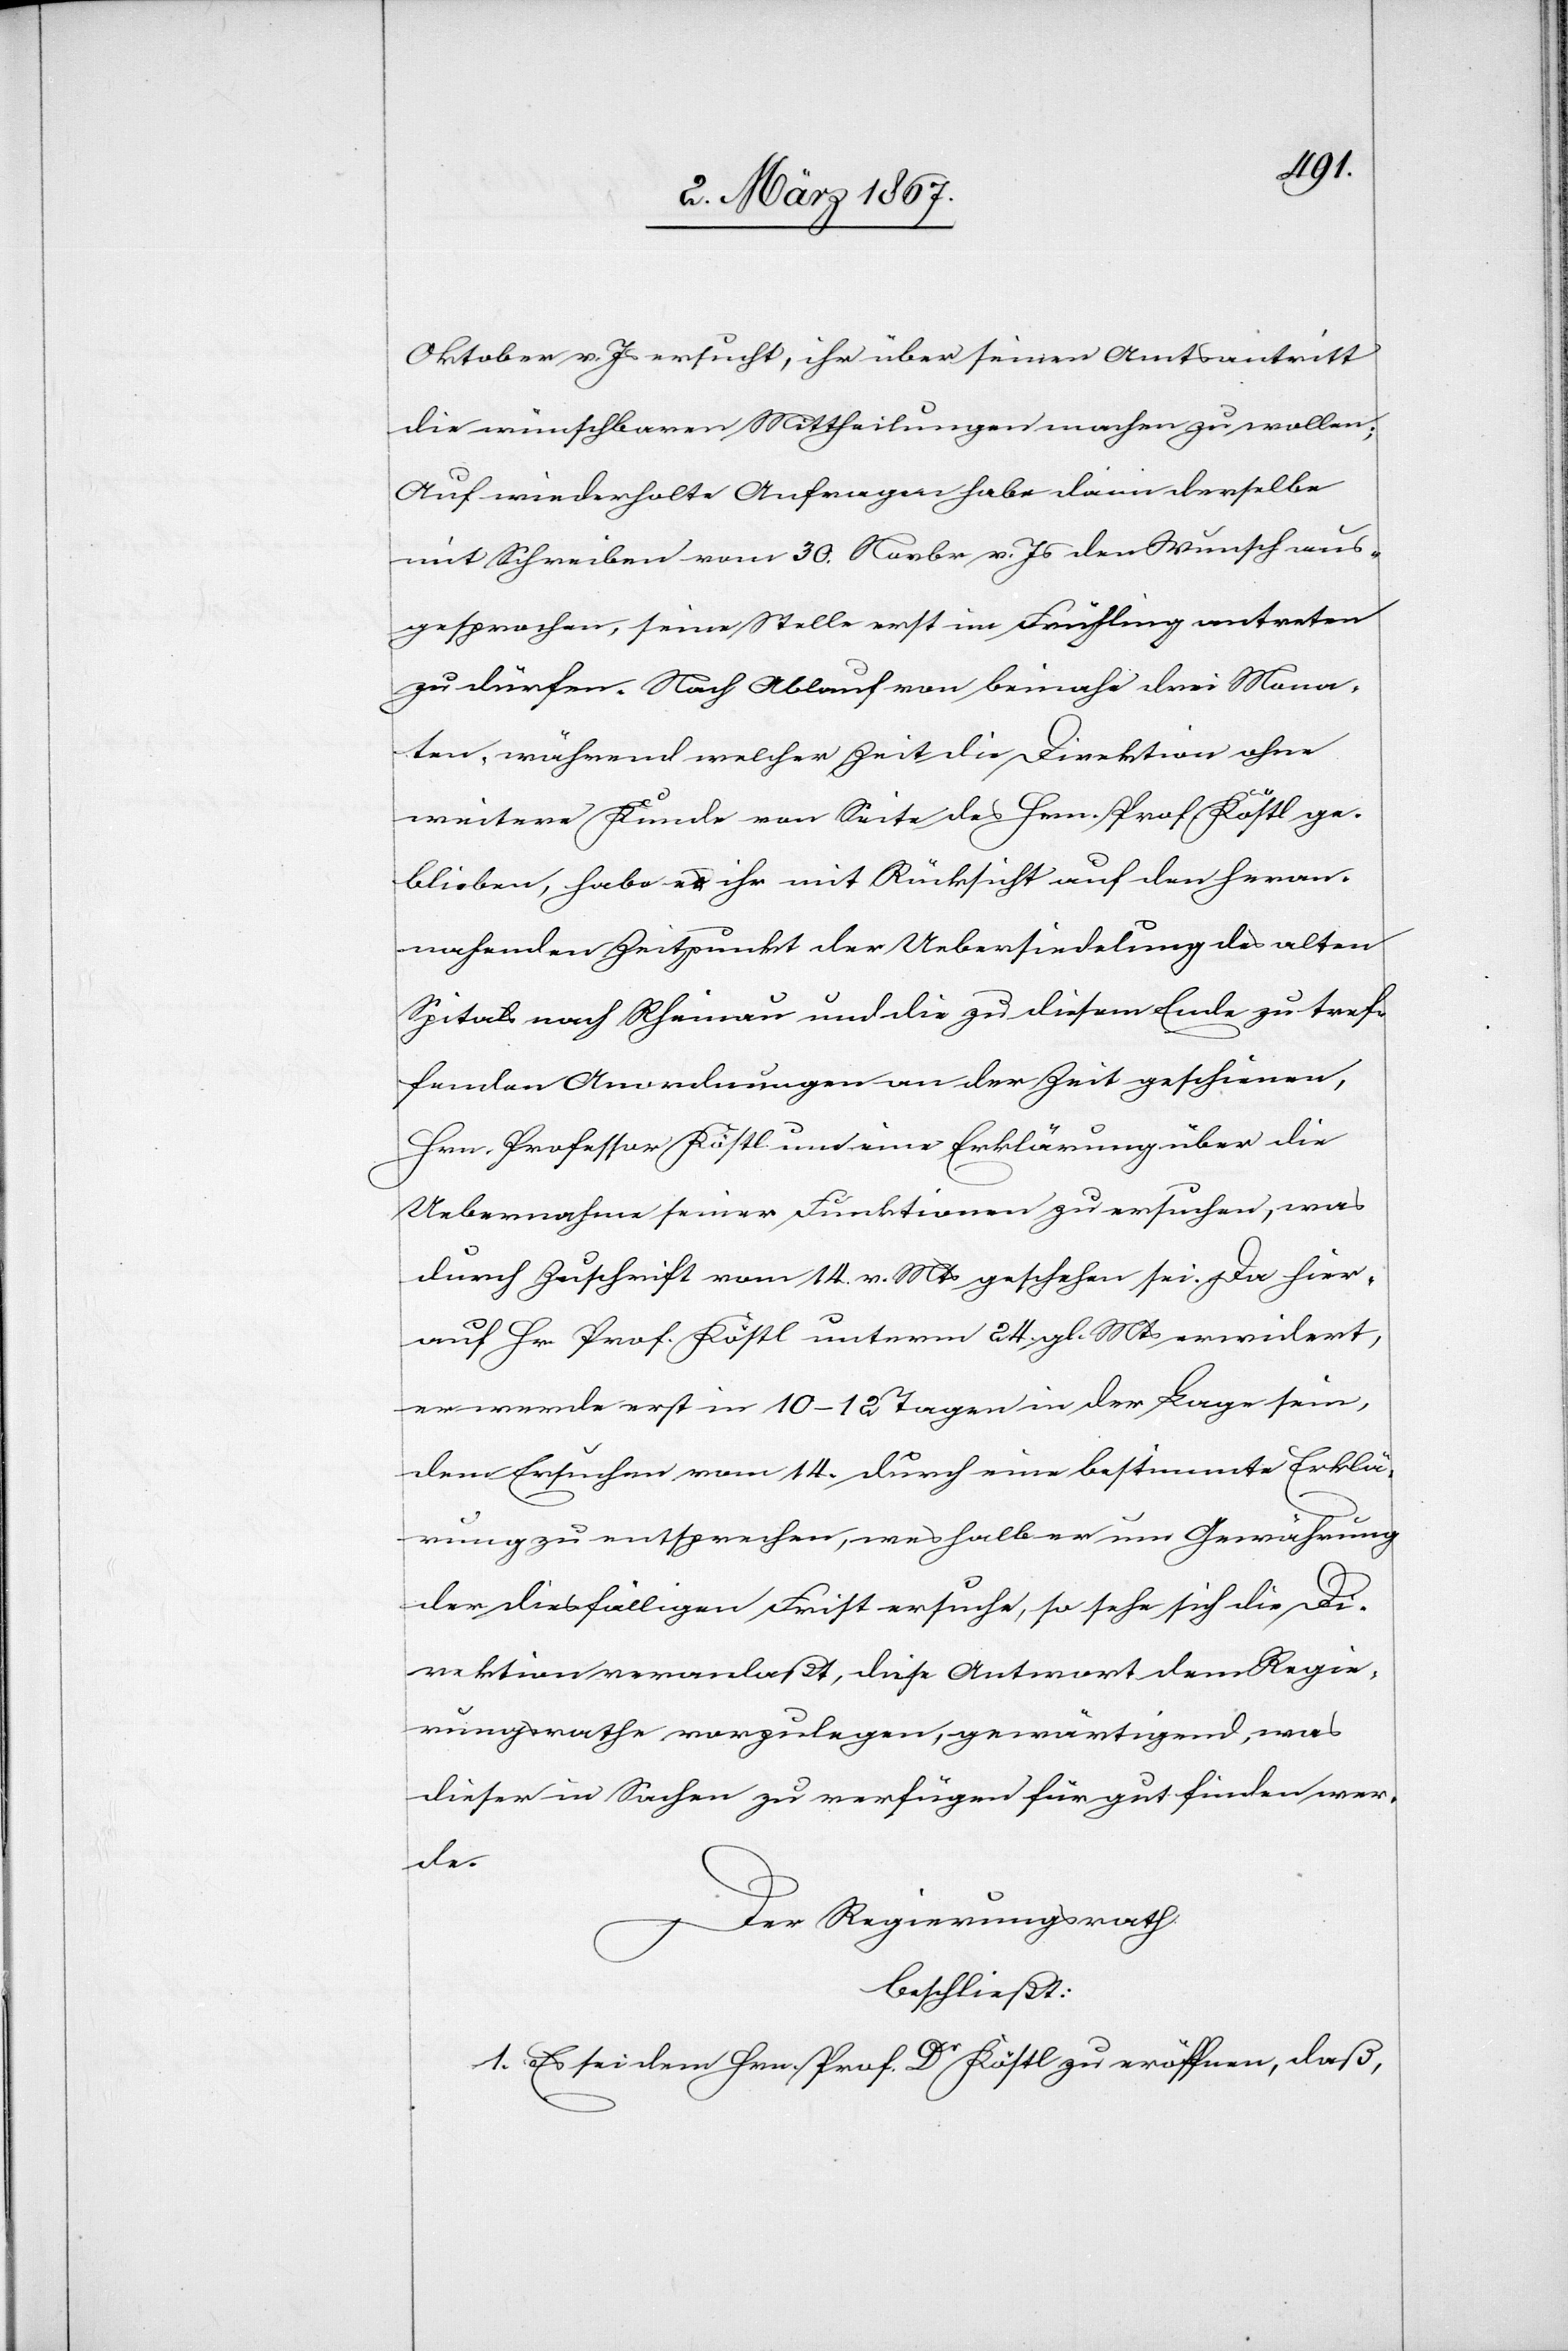
Oktober v. Js ersucht, ihr über seinen Amtsantritt
die wünschbaren Mittheilungen machen zu wollen.
Auf wiederholte Anfragen habe dann derselbe
mit Schreiben vom 30. Novbr. v. Js den Wunsch aus¬
gesprochen, seine Stelle erst im Frühling antreten
zu dürfen. Nach Ablauf von beinahe drei Mona¬
ten, während welcher Zeit die Direktion ohne
weitere Kunde von Seite des Hrn. Prof. Köstl ge¬
blieben, habe es ihr mit Rücksicht auf den heran¬
nahenden Zeitpunkt der Uebersiedelung des alten
Spitals nach Rheinau und die zu diesem Ende zu tref¬
fenden Anordnungen an der Zeit geschienen,
Hrn. Professor Köstl um eine Erklärung über die
Uebernahme seiner Funktionen zu ersuchen, was
durch Zuschrift vom 14. v. Mts geschehen sei. Da hier¬
auf Hr. Prof. Köstl unterm 24. gl. Mts erwidert,
er werde erst in 10–12 Tagen in der Lage sein,
dem Ersuchen vom 14. durch eine bestimmte Erklä¬
rung zu entsprechen, weshalb er um Gewährung
der diesfälligen Frist ersuche, so sehe sich die Di¬
rektion veranlaßt, diese Antwort dem Regie¬
rungsrathe vorzulegen, gewärtigend, was
dieser in Sachen zu verfügen für gut finden wer¬
de.
Der Regierungsrath,
beschließt:
1. Es sei dem Hrn. Prof. Dr Köstl zu eröffnen, daß,